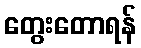
တွေးတောရန်